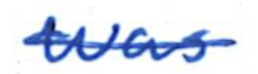
Text: was
Cross-out: single-line
Writing tool: ballpoint